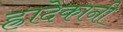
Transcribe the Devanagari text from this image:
ह्रादेकानी